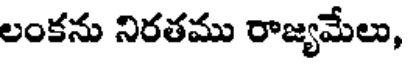
లంకను నిరతము రాజ్యమేలు,